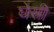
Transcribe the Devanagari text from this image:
घेसी